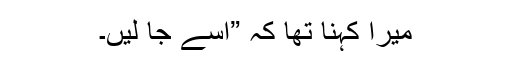
میرا کہنا تھا کہ ”اسے جا لیں۔